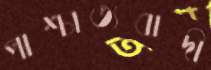
পাশ্চাত্যবাদী